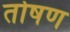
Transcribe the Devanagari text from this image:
तोषण